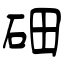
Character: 鿬